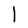
Character: l